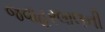
જવાહરલાલની